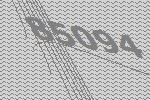
85094